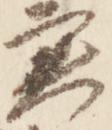
実